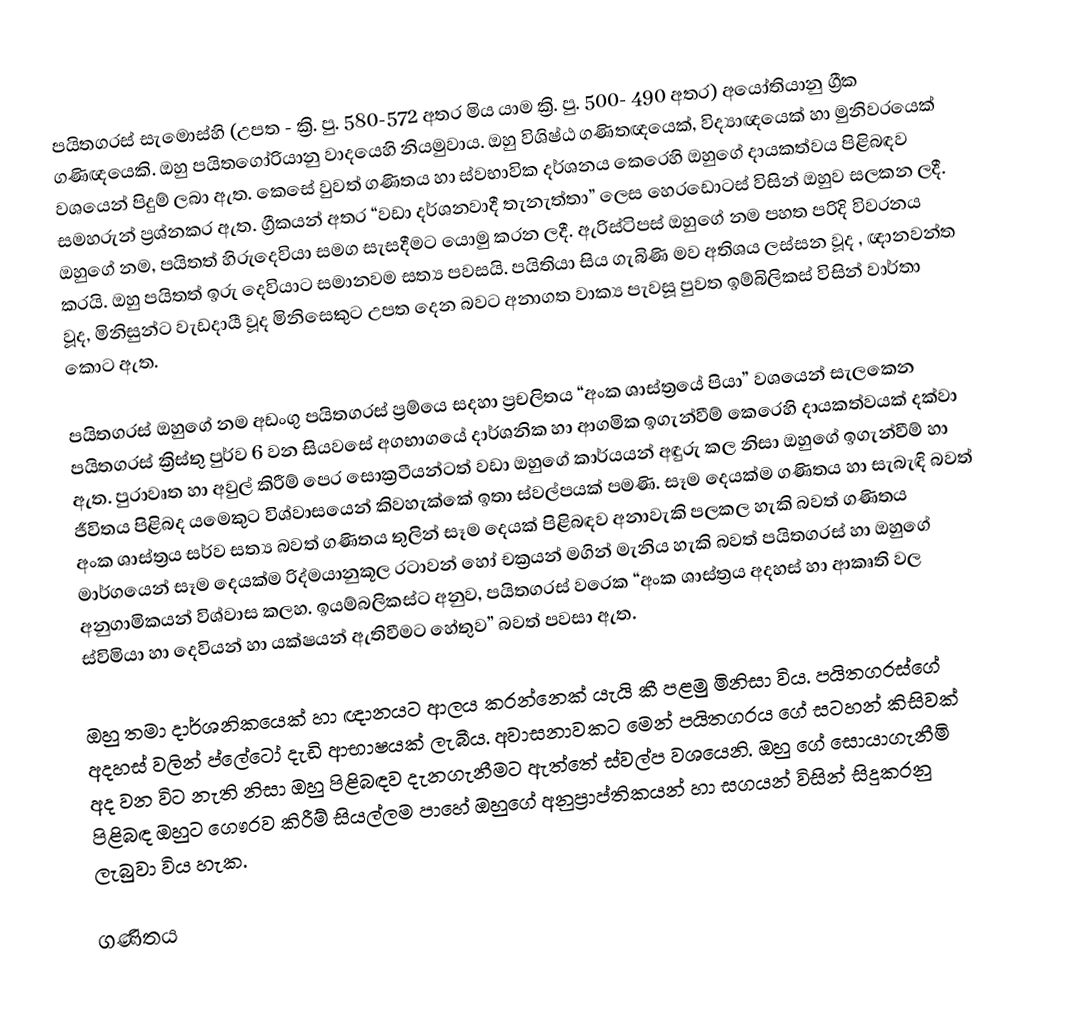
පයිතගරස් සැමොස්හි (උපත - ක්‍රි. පු. 580-572 අතර මිය යාම ක්‍රි. පු. 500- 490 අතර) අයෝතියානු ග්‍රීක ගණිඥයෙකි. ඔහු පයිතගෝරියානු වාදයෙහි නියමුවාය. ඔහු විශිෂ්ඨ ගණිතඥයෙක්, විද්‍යාඥයෙක් හා මුනිවරයෙක් වශයෙන් පිදුම්‍ ලබා ඇත. කෙසේ වුවත් ගණිතය හා ස්වභාවික දර්ශනය කෙරෙහි ඔහුගේ දායකත්වය පිළිබඳව සමහරුන් ප්‍රශ්නකර ඇත. ග්‍රීකයන් අතර “වඩා දර්ශනවාදී තැනැත්තා” ලෙස හෙරඩොටස් විසින් ඔහුව සලකන ලදී. ඔහුගේ නම, පයිතත් හිරුදෙවියා සමග සැසදීමට යොමු කරන ලදී. ඇරිස්ටිපස්  ඔහුගේ නම පහත පරිදි විවරනය කරයි.  ඔහු  පයිතත්   ඉරු දෙවියාට සමානවම සත්‍ය පවසයි. පයිතියා සිය ගැබිණි මව අතිශය ලස්සන වූද , ඥානවන්ත වූද, මිනිසුන්ට වැඩදායී වූද මිනිසෙකුට උපත දෙන බවට අනාගත වාක්‍ය පැවසූ පුවත ඉම්බිලිකස් විසින් වාර්තා කොට ඇත.

පයිතගරස් ඔහුගේ නම අඩංගු පයිතගරස් ප්‍ර‍‍ම්යෙ  සදහා ප්‍රචලිතය “අංක ශාස්ත්‍රයේ පියා” වශයෙන් සැලකෙන පයිතගරස් ක්‍රිස්තු පුර්ව 6 වන සියවසේ අගභාගයේ දාර්ශනික හා ආගමික ඉගැන්වීම්‍ කෙරෙහි දායකත්වයක් දක්වා ඇත. පුරාවෘත හා අවුල් කිරීම්‍ පෙර සොක්‍රටීයන්ටත් වඩා ඔහුගේ කාර්යයන් අඳුරු කල නිසා ඔහුගේ ඉගැන්වීම්‍ හා ජීවිතය පිළිබද යමෙකුට විශ්වාසයෙන් කිවහැක්කේ ඉතා ස්වල්පයක් පමණි. සෑම දෙයක්ම ගණිතය හා සැබැඳි බවත් අංක ශාස්ත්‍රය සර්ව සත්‍ය බවත් ගණිතය තුලින් සෑම දෙයක් පිළිබඳව අනාවැකි පලකල හැකි බවත් ගණිතය මාර්ගයෙන් සෑම දෙයක්ම රිද්මයානුකූල රටාවන් හෝ චක්‍රයන් මගින් මැනිය හැකි බවත් පයිතගරස් හා ඔහුගේ අනුගාමිකයන් විශ්වාස කලහ. ඉයම්‍බලිකස්ට අනුව, පයිතගරස් වරෙක “අංක ශාස්ත්‍රය අදහස් හා ආකෘති වල ස්විමියා හා දෙවියන් හා යක්ෂයන් ඇතිවීමට හේතුව” බවත් පවසා ඇත.

ඔහු තමා දාර්ශනිකයෙක් හා ඥානයට ආලය කරන්නෙක් යැයි කී පළමු මිනිසා විය. පයිතගරස්ගේ අදහස් වලින් ප්ලේටෝ දැඩි ආභාෂයක් ලැබීය. අවාසනාවකට මෙන් පයිතගරය ගේ සටහන් කිසිවක් අද වන විට නැති නිසා ඔහු පිළිබඳව දැනගැනීමට ඇත්තේ ස්වල්ප වශයෙනි. ඔහු ගේ සොයාගැනීමි පිළිබඳ ඔහුට ගෞරව කිරීම්‍ සියල්ලම පාහේ ඔහුගේ අනුප්‍රාප්තිකයන් හා සගයන් විසින් සිදුකරනු ලැබුවා විය හැක.

ගණිතය